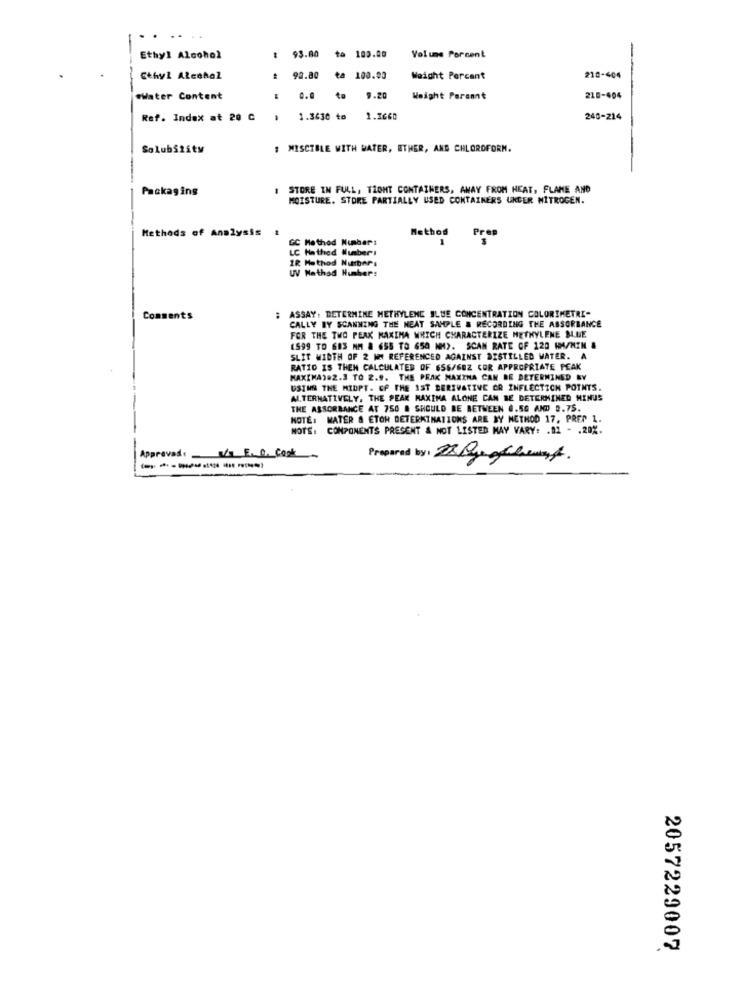
....
Ethyl Alcohol
93.80
to 103.00
Volume Porcent
Ethyl Alcohol
90.80
ta 100.00
Weight Porcant
210-404
---
mWater Content
0.0 to 9.20
Weight Paramnt
210-404
Ref. Index at 20 C
.
1.3630 to 1.3660
240-214
Solubility
MISCIBLE WITH WATER, ETHER, AND CHLOROFORM.
Packaging
1 STORE IN FULL, TZONT CONTAINERS, AWAY FROM HEAT, FLAME AND
MOISTURE. STORE PARTIALLY USED CONTAINERS UNDER NITROGEN.
Methods of Analysis
GC Method Number:
Method
Prep
LC Hathed Number:
IR Method Numbers
UV Nathad Humber:
Comments
ASSAY, DETERMINE METHYLENE BLUE CONCENTRATION COLORIMETRI-
CALLY BY SCANNING THE NEAT SAMPLE & RECORDING THE ABSORBANCE
FOR THE TWO PEAK MAXIMA WHICH CHARACTERIZE METHYLENE BLUE
(599 TO GES MM & 6SB TO 650 NM). SCAN RATE OF 120 MM/NIN &
SLIT WIDTH OF 2 MM REFERENCED AGAINST DISTILLED WATER. A
RATIO IS THEN CALCULATER OF 656/682 COR APPROPRIATE PEAK
MAXIMA).2.3 TO 2.9. THE PEAK MAXINA CAN BE DETERMINED BY
USING THE MIDPT. OF THE 1ST DERIVATIVE OR INFLECTION POINTS.
ALTERNATIVELY, THE PEAK MAXIMA ALONE CAN BE DETERMINED MINUS
THE ASSORBANCE AT 750 # SHOULD BE BETWEEN 0.50 AND B.75.
NOTE: MATER & ETOH DETERMINATIONS ARE BY METHOD 17. PREP 1.
NOTE: COMPONENTS PRESENT & NOT LISTED MAY VARY: . 81 - . 20%.
Approved: V/s E. G. Cook
Prepared by: 22 Rueofheart.
---------
2057229007